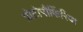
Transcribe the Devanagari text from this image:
प्रोटोपौर्फिरिया